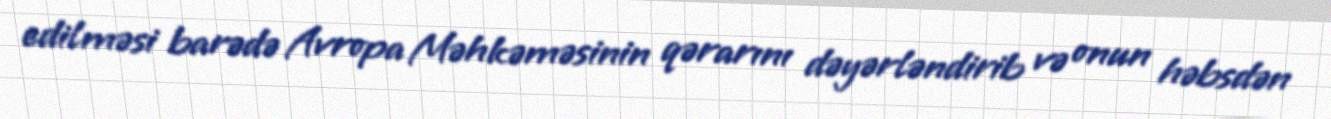
edilməsi barədə Avropa Məhkəməsinin qərarını dəyərləndirib və onun həbsdən